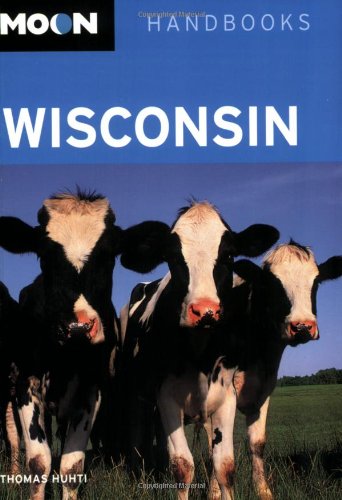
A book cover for Moon Wisconsin (Moon Handbooks); Thomas Huhti; Travel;